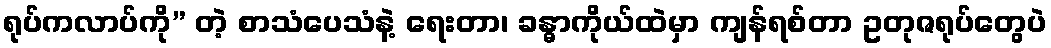
ရုပ်ကလာပ်ကို” တဲ့ စာသံပေသံနဲ့ ရေးတာ၊ ခန္ဓာကိုယ်ထဲမှာ ကျန်ရစ်တာ ဥတုဇရုပ်တွေပဲ